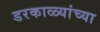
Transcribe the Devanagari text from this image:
डरकाळ्यांच्या